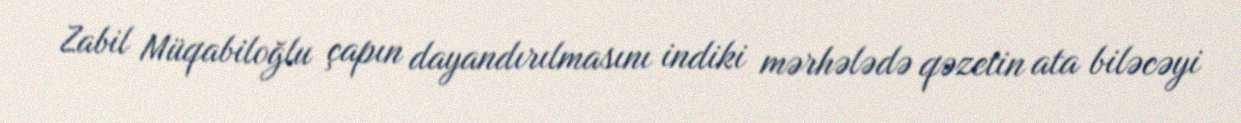
Zabil Müqabiloğlu çapın dayandırılmasını indiki mərhələdə qəzetin ata biləcəyi